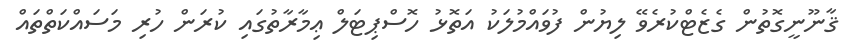
ޤާނޫނީގޮތުން ގެޒެޓްކުރެވޭ ލިޔުން ފުވައްމުލަކު އަތޮޅު ހޮސްޕިޓަލް ޢިމާރާތުގައި ކުރަން ހުރި މަސައްކަތްތައް